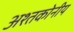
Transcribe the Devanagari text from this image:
अश्तकोनीय